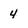
Character: 4